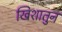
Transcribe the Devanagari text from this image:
खिशातुन